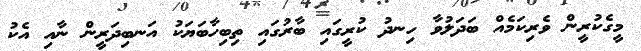
މީގެކުރީން ވެރިކަމެއް ބަދަލުވާ ހިނދު ކުރީގައި ބާރުގައި ތިބިހާބަޔަކު އަނބިދަރީން ނާއި އެކު